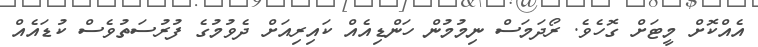
އެއްކޮށް މީޓަށް ގޮހެވެ. ރޯދަމަސް ނިމުމުން ހަންޑިއެއް ކައިރިއަށް ދެވުމުގެ ފުރުސަތުވެސް ކުޑައެއް